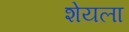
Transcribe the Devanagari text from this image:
शेयला